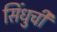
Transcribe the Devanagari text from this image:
सिंधुची